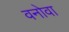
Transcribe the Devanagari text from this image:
वनोवा